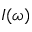
I ( \omega )